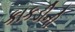
કાકડીની